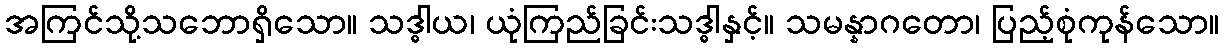
အကြင်သို့သဘောရှိသော။ သဒ္ဓါယ၊ ယုံကြည်ခြင်းသဒ္ဓါနှင့်။ သမန္နာဂတော၊ ပြည့်စုံကုန်သော။